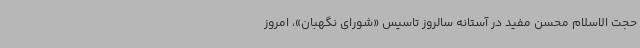
حجت الاسلام محسن مفید در آستانه سالروز تاسیس «شورای نگهبان»، امروز